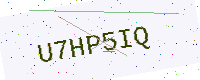
Text: U7HP5IQ